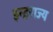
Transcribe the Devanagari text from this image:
इन्द्रराज्य